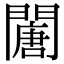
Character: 𨶈